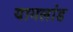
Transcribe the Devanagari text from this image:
यागलांड